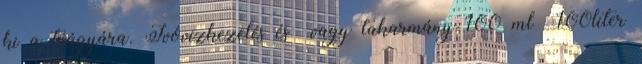
ki a trágyára. Ivóvízkezelés és vagy takarmány 100 ml 100liter